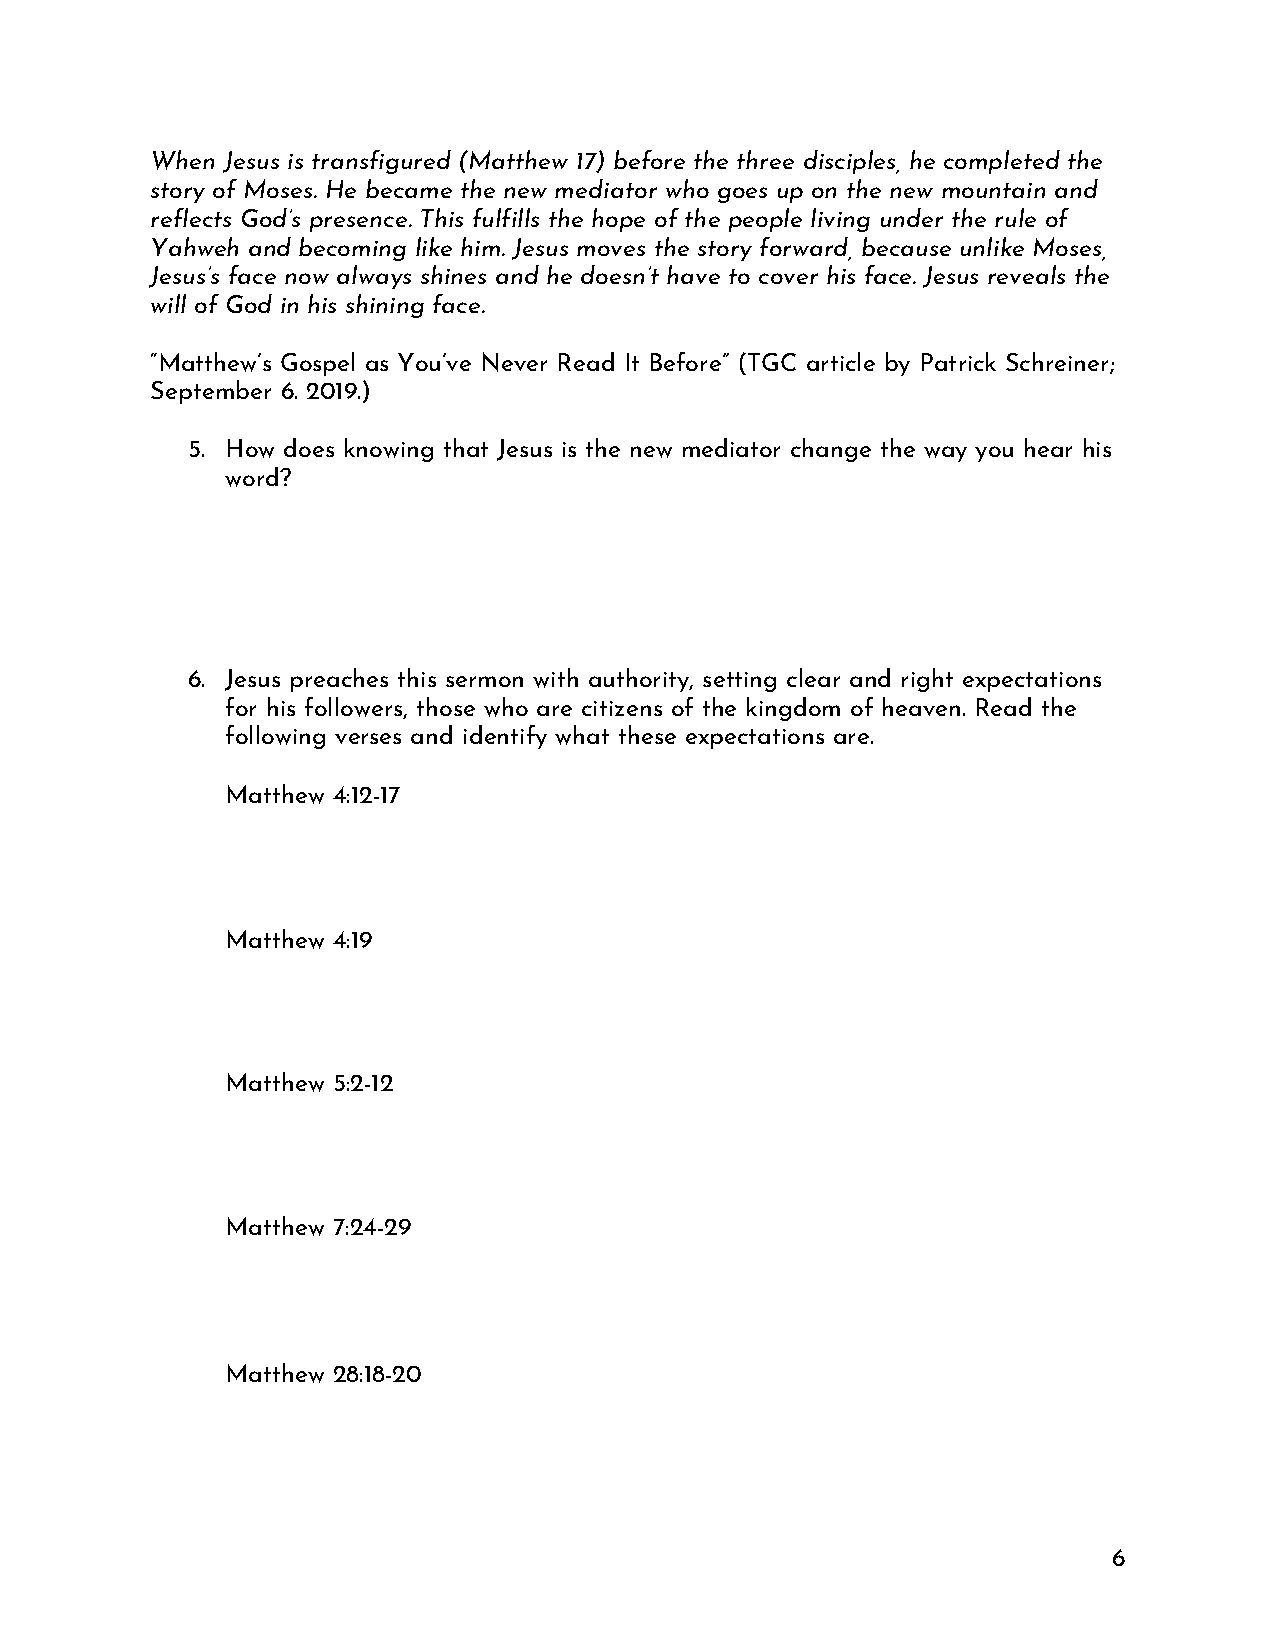
When Jesus is transfigured (Matthew 17) before the three disciples, he completed the
 story of Moses. He became the new mediator who goes up on the new mountain and
 reflects God’s presence. This fulfills the hope of the people living under the rule of
 Yahweh and becoming like him. Jesus moves the story forward, because unlike Moses,
 Jesus’s face now always shines and he doesn’t have to cover his face. Jesus reveals the
 will of God in his shining face.
 “Matthew’s Gospel as You’ve Never Read It Before” (TGC article by Patrick Schreiner;
 September 6. 2019.)
 5. How does knowing that Jesus is the new mediator change the way you hear his
 word?
 6. Jesus preaches this sermon with authority, setting clear and right expectations
 for his followers, those who are citizens of the kingdom of heaven. Read the
 following verses and identify what these expectations are.
 Matthew 4:12-17
 Matthew 4:19
 Matthew 5:2-12
 Matthew 7:24-29
 Matthew 28:18-20
 6